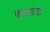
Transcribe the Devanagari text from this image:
बख्शती